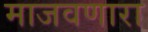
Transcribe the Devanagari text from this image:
माजवणारा